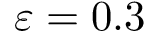
\varepsilon = 0 . 3